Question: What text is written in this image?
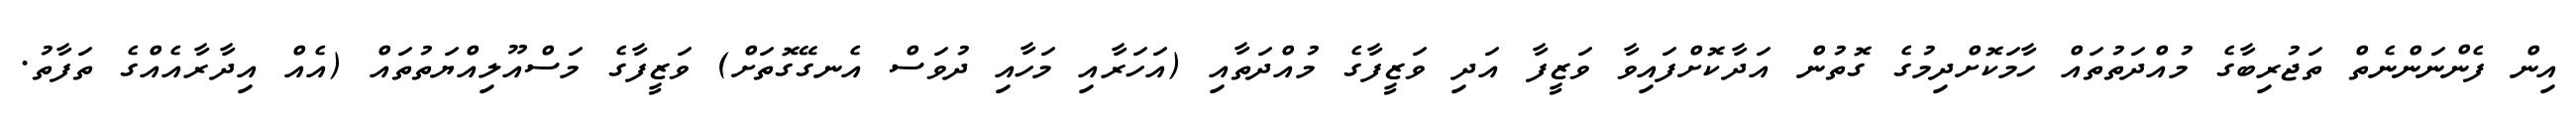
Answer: އިން ފެންނަންނެތް ތަޖުރިބާގެ މުއްދަތުތައް ހާމަކޮށްދިމުގެ ގޮތުން އަދާކޮށްފައިވާ ވަޒީފާ އަދި ވަޒީފާގެ މުއްދަތާއި (އަހަރާއި މަހާއި ދުވަސް އެނގޭގޮތަށް) ވަޒީފާގެ މަސްއޫލިއްޔަތުތައް (އެއް އިދާރާއެއްގެ ތަފާތު.